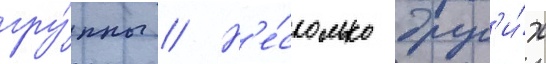
гру́ппы // Н'е́сколько друг'и́х